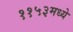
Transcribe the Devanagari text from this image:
११५३मध्ये